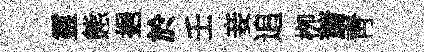
靈態挹於壬妾追栁䔥靑